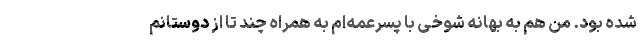
شده بود. من هم به بهانه شوخی با پسرعمه‌ام به همراه چند تا از دوستانم